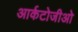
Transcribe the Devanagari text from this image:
आर्कटोजीओ